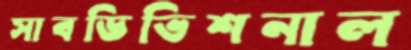
সাবডিভিশনাল